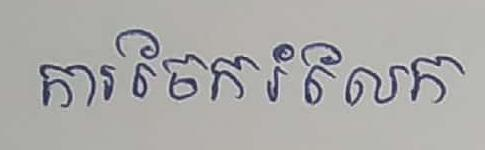
ការចែករំលែក